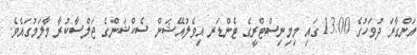
އަންގާރަ ދުވަހުގެ 13:00 ގައި މިމިނިސްޓްރީގެ ޓެންޑަރ އިވެލުއޭޝަން ސެކްޝަންގެ ޖަލްސާކުރާ މާލަމުގައެވެ.